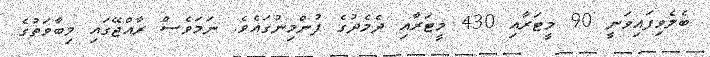
ބެލެވިފައިވަނީ 90 މީޓަރާއި 430 މީޓަރާއި ދެމެދުގެ ފުންމިނުގައެވެ. ނަމަވެސް ރާއްޖޭގައި މިބާވަތުގެ